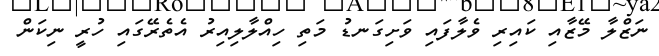
ނަޒްލާ މޭޒާއި ކައިރި ވެލާފައި ވަށިގަނޑު މަތި ހިއްލާލިއިރު އެތެރޭގައި ހުރީ ނިކަން